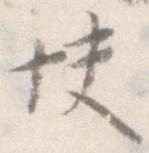
快